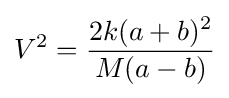
V^{2}={\frac {2k(a+b)^{2}}{M(a-b)}}